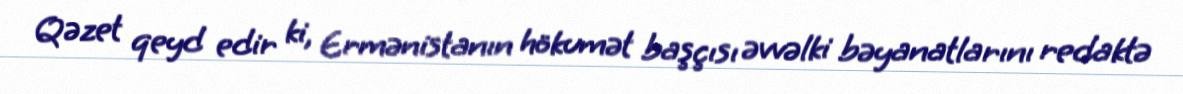
Qəzet qeyd edir ki, Ermənistanın hökumət başçısı əvvəlki bəyanatlarını redaktə